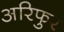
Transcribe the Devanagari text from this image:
अरिफुर